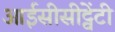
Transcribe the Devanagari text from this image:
आईसीसीट्वेंटी